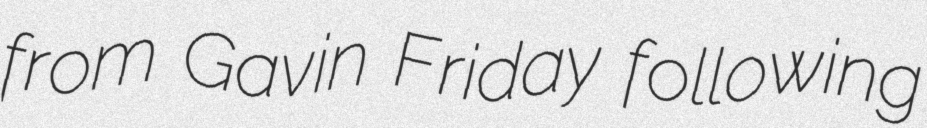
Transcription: from Gavin Friday following